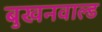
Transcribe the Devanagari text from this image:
बुखनवाल्ड